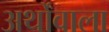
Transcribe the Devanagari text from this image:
अर्थोंवाला